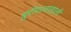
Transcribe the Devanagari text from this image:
धुरीणत्वाखाली